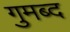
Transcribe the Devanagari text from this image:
गुमब्द